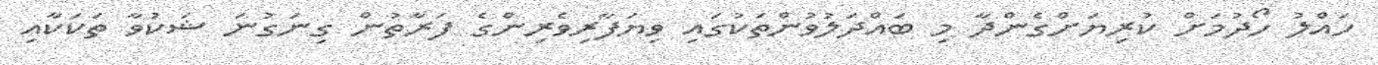
ހައްލު ހޯދުމަށް ކުރިޔަށްގެންދާ މި ބައްދަލުވުންތަކުގައި ވިޔަފާރިވެރިންގެ ފަރާތުން ގިނަގުނަ ޝަކުވާ ތަކަކާއި